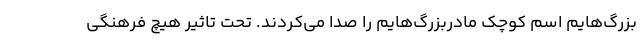
بزرگ‌هایم اسم کوچک مادربزرگ‌هایم را صدا می‌کردند. تحت تاثیر هیچ فرهنگی